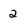
Character: 2